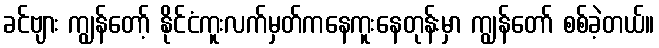
ခင်ဗျား ကျွန်တော့် နိုင်ငံကူးလက်မှတ်ကနေကူးနေတုန်းမှာ ကျွန်တော် စစ်ခဲ့တယ်။